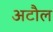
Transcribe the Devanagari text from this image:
अटौल